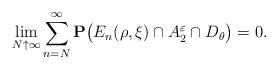
LaTeX: \begin{align*}\lim_{N\uparrow\infty}\sum_{n=N}^{\infty}\mathbf{P}\!\left( _{\!_{\!_{\,}}}E_{n}(\rho,\xi)\cap A_2^\varepsilon\cap D_{\theta}\right) =0.\end{align*}